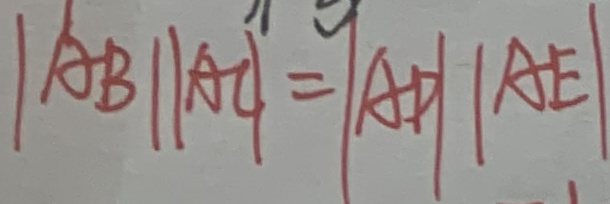
\vert A B \vert A C = \vert A D / / A E \vert